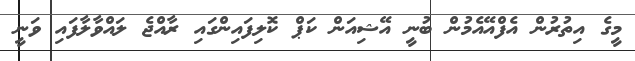
މީގެ އިތުރުން އެފްއޭއެމުން ބުނީ އޭޝިއަން ކަޕް ކޮލިފައިންގައި ރާއްޖެ ލައްވާލާފައި ވަނީ